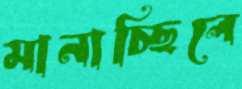
মানাচ্ছিলে